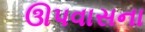
ઊપવાસના